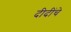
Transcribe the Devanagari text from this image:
दीदींचे